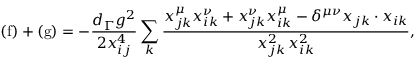
\mathrm { ( f ) } + \mathrm { ( g ) } = - \frac { d _ { \Gamma } g ^ { 2 } } { 2 x _ { i j } ^ { 4 } } \sum _ { k } \frac { x _ { j k } ^ { \mu } x _ { i k } ^ { \nu } + x _ { j k } ^ { \nu } x _ { i k } ^ { \mu } - \delta ^ { \mu \nu } x _ { j k } \cdot x _ { i k } } { x _ { j k } ^ { 2 } \, x _ { i k } ^ { 2 } } ,